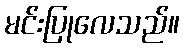
မင်းပြုလေသည်။